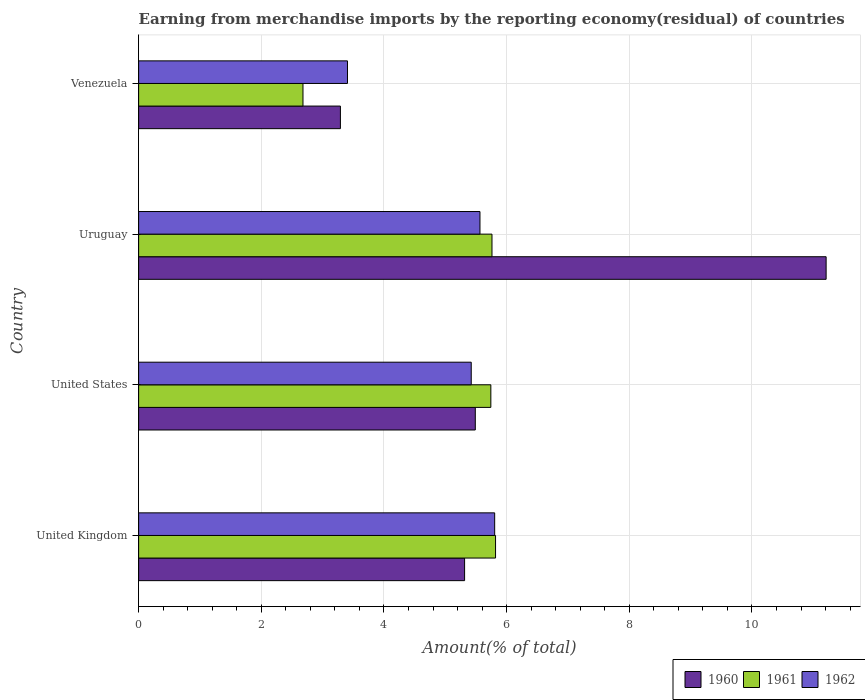
| Country | 1960 | 1961 | 1962 |
 | --- | --- | --- | --- |
 | United Kingdom | 5.31 | 5.82 | 5.8 |
 | United States | 5.49 | 5.74 | 5.42 |
 | Uruguay | 11.2 | 5.76 | 5.57 |
 | Venezuela | 3.29 | 2.68 | 3.41 |